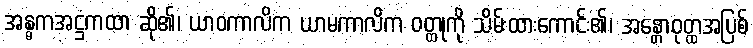
အန္ဓကအဋ္ဌကထာ ဆို၏၊ ယာဝကာလိက ယာမကာလိက ဝတ္ထုကို သိမ်းထားကောင်း၏၊ အန္တောဝုတ္ထအပြစ်